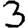
Digit: 3